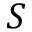
S